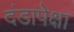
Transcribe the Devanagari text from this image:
दंडापेक्षा